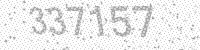
Solution: 337157